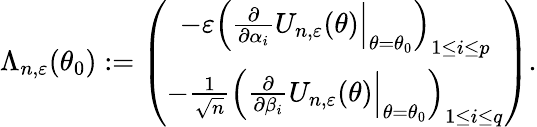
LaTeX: \Lambda_{n,\varepsilon}(\theta_{0}):=\left(\begin{array}{cc}{-\varepsilon\left(\frac{\partial}{\partial\alpha_{i}}U_{n,\varepsilon}(\theta)\Big|_{\theta=\theta_{0}}\right)_{1\leq i\leq p}}\\ {-\frac{1}{\sqrt{n}}\left(\frac{\partial}{\partial\beta_{i}}U_{n,\varepsilon}(\theta)\Big|_{\theta=\theta_{0}}\right)_{1\leq i\leq q}}\end{array}\right).